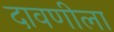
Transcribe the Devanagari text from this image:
दावणीला